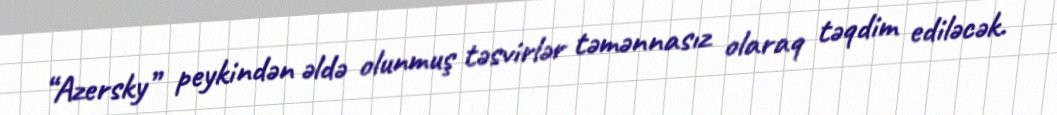
“Azersky” peykindən əldə olunmuş təsvirlər təmənnasız olaraq təqdim ediləcək.